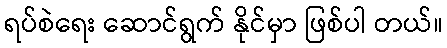
ရပ်စဲရေး ဆောင်ရွက် နိုင်မှာ ဖြစ်ပါ တယ်။